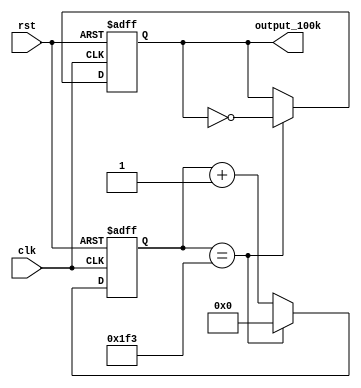
`timescale 1ns / 1ps

module Frec_100k_3(
    input clk,         //igual que el de 25kHz     
    input rst,
    output reg output_100k
    );

reg [8:0] counter=0;
	
	always @(posedge clk or posedge rst)
	begin
		if (rst)
			begin
				counter<=9'd0;
				output_100k<= 1'b0;
			end
		else
			if (counter==9'd499) 
			begin
				counter<=9'd0;
				output_100k <= ~output_100k;
			end	  else
	   begin
			counter <=counter+1'b1;
		end
	end
endmodule